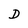
Character: D